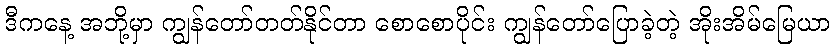
ဒီကနေ့ အဘို့မှာ ကျွန်တော်တတ်နိုင်တာ စောစောပိုင်း ကျွန်တော်ပြောခဲ့တဲ့ အိုးအိမ်မြေယာ